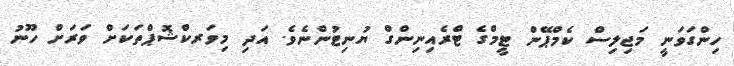
ހިންގަވަނީ މަޖިލިސް ކެމްޕޭން ޓީމްގެ ޓްރެއިނިންގް ޔުނިޓުންނެވެ. އަދި މިވަރކްޝޮޕްތަކަށް ވަރަށް ހޫނު